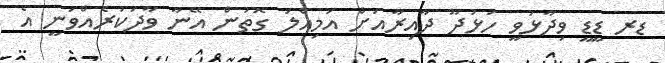
ޑރ ޑީޑީ ވިދާޅުވީ ހުޅުދޫ ދާއިރާއަށް އަމިއްލަ ގޮތުން އޭނާ ވާދަކުރެއްވަނީ އެ